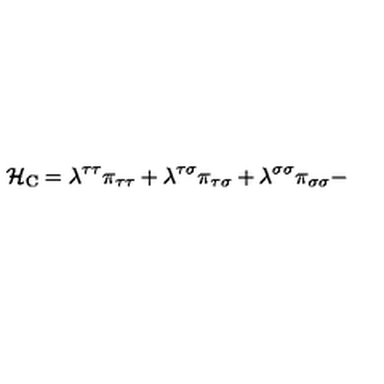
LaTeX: { \cal H } _ { \mathrm { C } } = \lambda ^ { \tau \tau } \pi _ { \tau \tau } + \lambda ^ { \tau \sigma } \pi _ { \tau \sigma } + \lambda ^ { \sigma \sigma } \pi _ { \sigma \sigma } -